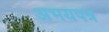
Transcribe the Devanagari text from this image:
अभयपत्र